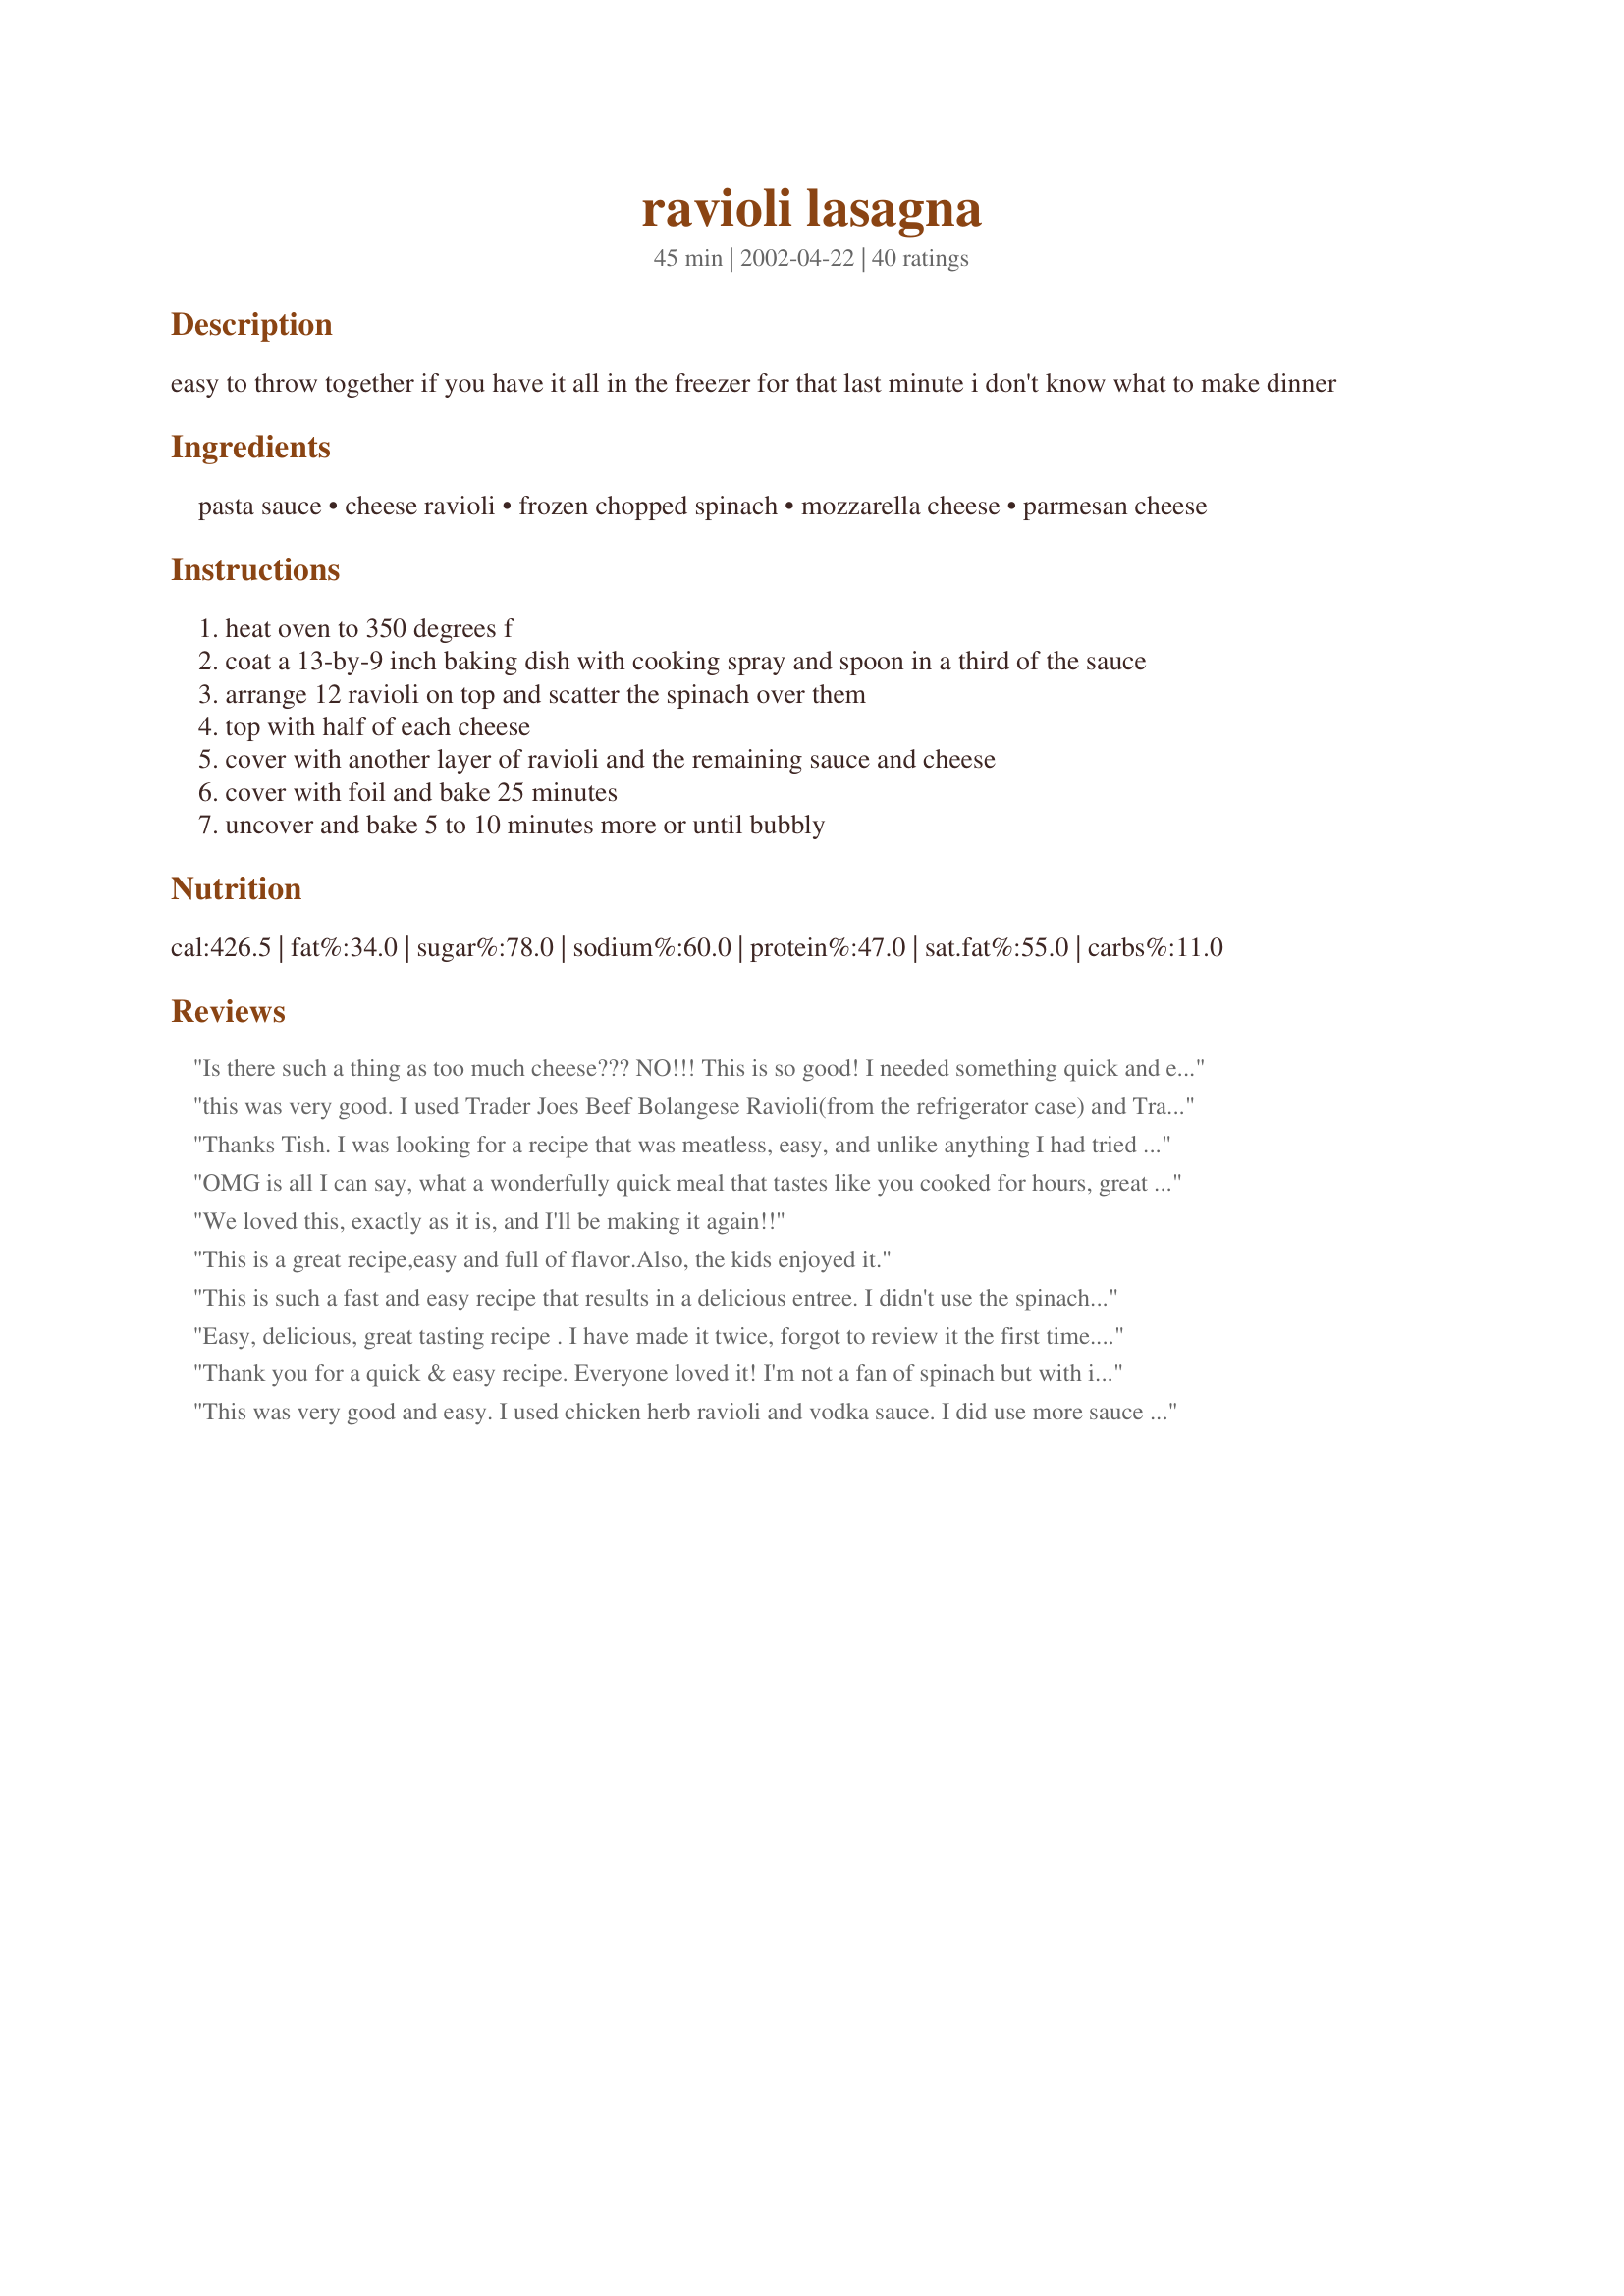
ravioli lasagna
Preparation time: 45 minutes

easy to throw together if you have it all in the freezer for that last minute i don't know what to make dinner

Ingredients:
pasta sauce, cheese ravioli, frozen chopped spinach, mozzarella cheese, parmesan cheese

Steps:
heat oven to 350 degrees f
coat a 13-by-9 inch baking dish with cooking spray and spoon in a third of the sauce
arrange 12 ravioli on top and scatter the spinach over them
top with half of each cheese
cover with another layer of ravioli and the remaining sauce and cheese
cover with foil and bake 25 minutes
uncover and bake 5 to 10 minutes more or until bubbly

Reviews:
Is there such a thing as too much cheese??? NO!!! This is so good! I needed something quick and easy to fix tonight, and this was so good. It tasted great, too! I will definitely make this again. I only added half the spinach, because I am not a cooked spinach eater, and if it wasn't green, I wouldn't have known it was in there!!! Thanks for the delicious recipe!
this was very good. I used Trader Joes Beef Bolangese Ravioli(from the refrigerator case) and Trader Joe's Puttanesca Sauce. DH loved it and so did I.
Thanks Tish. I was looking for a recipe that was meatless, easy, and unlike anything I had tried before. This recipe met all those requirements. I added a little oregano to the sauce and a small amount of salt and pepper. Outstanding taste. Very cheesy and well pasta is my all-time fav. DH, who thinks spinach is vile, even liked it. Many thanks.
OMG is all I can say, what a wonderfully quick meal that tastes like you cooked for hours, great for after school sports season when you have all those practices. The only thing I did differently was to use spinach ravioli (to hide the spinach from my kids!) I even got the sauce from my favorite restaurant they will sell small containers it was wonderful. Great recipe thanks for sharing
We loved this, exactly as it is, and I'll be making it again!!
This is a great recipe,easy and full of flavor.Also, the kids enjoyed it.
This is such a fast and easy recipe that results in a delicious entree. I didn't use the spinach, but bell peppers work well in it. Thank you for sharing this recipe with us Tish!
Easy, delicious, great tasting recipe . I have made it twice, forgot to review it the first time. I made 1/2 the recipe for the 2 of us. Have passed the recipe on to 2 grand-daughters. Thank you Tish for posting this easy recipe.
Update: I made this again this weekend for a potluck. Made it in a large crock-pot(Smart-Pot), layering just like in the recipe,except had more layers,topped with cheese. Cooked it on high for about 2 hours. It was a BIG hit at our annual Rose Society Garden tour potluck.
Thank you for a quick & easy recipe. Everyone loved it! I'm not a fan of spinach but with it cooked this way, I didn't mind eating it.
This was very good and easy. I used chicken herb ravioli and vodka sauce. I did use more sauce than called for because I had some I wanted to use up, so mine was a bit saucy, but the leftovers the next day were great since the ravioli had time to soak up the extra sauce and flavor. Next time I might thaw the ravioli or give them a few minutes in boiling water to add in sauce absorption during cooking.
Easy to make great tasting recipe. My husband usually doesn't like ravioli but he loved this! Will definitely make again! Thanks for posting.
Yup this is a KEEPER! My honey who doesn't like anything GREEN had to helpings and didn't even pick out the spinach! I added ground beef (which I cooked with some garlic!) to the recipe and I sprinkled some Parmigian Reggiano in between the layers also.
This is the same recipe I use all the time. It's definitely one of my favorites, being a college student and not having a lot of time to cook.
My two boys loved it! One even asked for seconds! Definitely making the rotation in my house!
Something different! This is more like a ravioli casserole than a lasagna. I had read several reviews that said to cook the ravioli first; doing that, I wouldn't say this is any faster or easier than making lasagna but something different. Also a double recipe fit in my lasagna pan so I suspect a half recipe could possibly fit in a square brownie pan.
A good week day meal. I had to cook it longer in the oven as it did not get hot in 25 minutes. Next time I will add Ricotta Cheese with the spinach.
Quick and easy that's forsure. I had some fresh mozzarella cheese on hand and used that. I had to cook mine longer than the time stated but other than that it turned out well the family enjoyed it.
My son wanted Lasagna. Today was grocery day, so this was a compromise. We both loved it! I did add in some ground beef which needed to be used and used an Italian blend of cheese. Even Brutus, my weiner dog, liked it, but he only got to lick the plates. I will be adding this into my rotation. Thanks, Tish!
A quick meal for busy nights. I used my homemade spaghetti sauce for the prep...and of course, we loved the flavor. LOL I served this with garlic bread and a tossed salad. Quick and tasty...can't be beat when you come home dead tired from work.
The time to cook is WAY off. I defrosted my raviolis first, and it still took 1 1/2 hours to cook... not 25 minutes! That said, this was delicious! I mixed in a can of ricotta cheese and some garlic powder with the spinach, used meat ravioli, mushroom pasta sauce, italian blend shredded cheese, and served with a side salad. My husband loved this so much that he took some over to his dad's house for him to try! And talk about easy! I will definitley make this again, I'll just plan on it taking alot longer to cook.
My 11 yo DS made this for us for dinner ALMOST by himself. Was so proud he could have popped !! Yummy, quick, and easy! Can't wait to play around with it and vary the add-ins. Thanks Tish!
I had made ravioli lasagna before but never with spinach. Great addition. I will make this again for sure. Thanks for the recipe.
The word unthawed means frozen. I'm sure in this recipe you mean thawed. Very confusing to beginning cooks who like these simple recipes.
Outstanding! This reminds me of the spinach stuffed shells I make but 1000 times easier. I followed exactly except to sprinkle each sauce layer with some garlic powder and italian seasoning. We loved this and will most definitely be making often. Thanks for posting this winner Tish!
I made this earlier this week and have been meaning to write this review. My kids loved this. They did not even know it had spinach in it, a sneaky way to get them to eat their veggies. It was quick and easy and absolutely delish!! Definitely a regular in my house.
This recipe gets 5 stars for ease of preparation. Like other reviewers, it was too cheesy for us. I will try it again with meat ravioli. I rarely have frozen vegetables on hand so I used a 16 oz bag of fresh spinach steamed and chopped. Good and easy. Thanks.
What a great recipe that's easy to change depending on what's in your freezer and pantry!

I halved the recipe and made an 8x8 pan -- perfect for two people for two meals. I used a light alfredo sauce into which I stirred about 2.5 tbsp. of Classico Pesto sauce (I always have it on hand.) I layered in baby shrimp and mushrooms along with the spinach, and used a blend of Italian cheeses, finishing with a sprinkling of fresh Parmesan on top. I live at a high altitude, and it took 45 minutes to cook at 400 degrees before the center was cooked through.

The result was a cheesy, satisfying dish that was easy to put together on a busy weekday. I'll be putting this into my recipe rotation and making it often. Thanks!
I made a variation of this recently. I used this recipe as a base, but instead of spinach, I crumbled italian sausage (my family hates spinach). It was great! The only change I'd make is instead of using shredded mozarella, I'd use the slices and layer it in. A great shortcut.
Simple, easy & tasty. I substitued the ravioli with tortellini and it worked great. I cooked the tortellini according to package directions, allowed it to cool and assembled as the lasagna recipe stated. Thanks for posting, Tish!
I watch Rachel Ray on the food network, she was making vegetable ravioli lasagna. She kind of gave this recipe by word of mouth as she was cooking. I made it the next day and will never make traditional lasagna again! My son and my husband raved and raved about this dish! I would add a little water to the sauce next time though, it was a little dry to me.
This is a great recipie. My hubby the meat lover even thought so. I made a few changes though. I cooked the ravioli before putting it in the pan and added ricotta, parmesean, an egg, garlic and mozzerella cheese to the spinach. It was great. A good meal to entertain with being as it is so easy and quick but it seems to taste like it took a lot of time and effort. Thanks a lot.
I liked this recipe a lot except for the spinach. It just didn't get hidden enough by the sauce for me. Next time I will leave out the spinach or puree it into the sauce for the extra nutrition. Thanks for posting this fast and yummy recipe!
This was absolutely perfect for a quick, filling, flavorful weeknight meal. Served with a green salad & crusty bread, followed by Brownie Cheesecake Cherry Bars #91420. Made a perfect meal. I doubled the recipe, & used a deep lasagna pan. Added some garlic to the sauce. The only change I made was to layer in a container of ricotta cheese with the spinach layers. Next time I'll add mushrooms too. Thank you :)
We really liked this recipe. For some reason it took significantly longer than stated, but that was okay. The next day it was even better!
tasted just like real lasagna to me. easy too. boyfriend and i ate whole pan in 2 days
SOOO easy & good for picky eaters. No leftovers after this meal & that is very unusual for my house!
I'll make this one again but use less cheese and maybe experiment with meat-filled ravioli. A bit too "cheesy" IMO.
Just popped my version in the oven, and I can't wait! Since I only had small ravioli's on hand I added one layer on bottom and one on top of the no cook lasagna noodles to help firm it up. I also stuck in a layer of meatballs to entice my kids. We may call this Clear the Cupboard Lasagna!
I like this a lot, although I always seem to need to cook it a bit longer than it calls for. I can't leave anything alone, and have added chopped mushrooms, chopped olives, and the above mentioned meat filled raviolis. All were good!!
very good and easy! We skipped the spinach and found this to be a great work night meal. Thanks for sharing!
